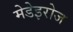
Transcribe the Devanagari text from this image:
मेडेइरोज